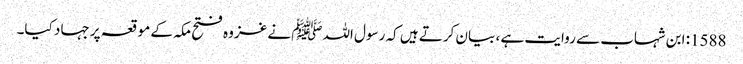
1588: ابن شہاب سے روایت ہے ، بیان کرتے ہیں کہ رسول اللہﷺ نے غزوہ فتح مکہ کے موقعہ پر جہاد کیا۔